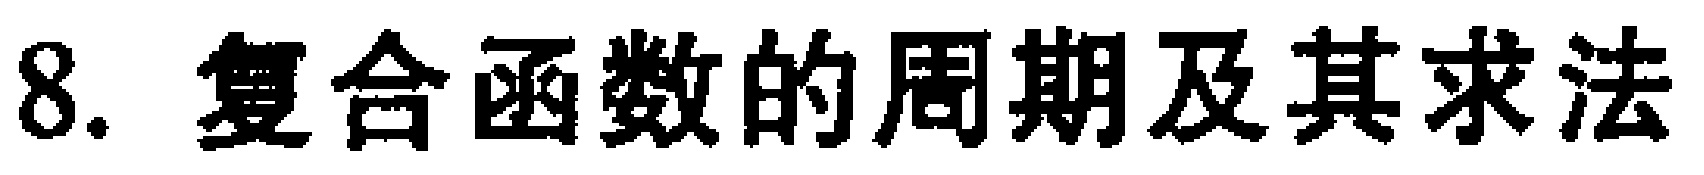
8. 复合函数的周期及其求法